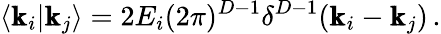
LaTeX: \langle\pmb{\mathrm{k}}_{i}|\pmb{\mathrm{k}}_{j}\rangle=2E_{i}(2\pi)^{D-1}\delta^{D-1}(\pmb{\mathrm{k}}_{i}-\pmb{\mathrm{k}}_{j})\, .